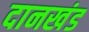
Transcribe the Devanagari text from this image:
दानखंड